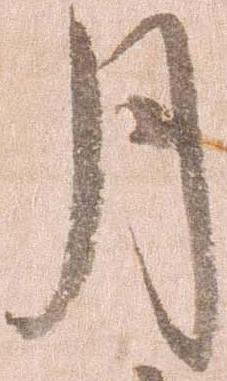
月